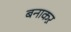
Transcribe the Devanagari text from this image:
बनाकऱ